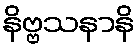
နိဗ္ဗသနာနိ